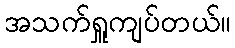
အသက်ရှူကျပ်တယ်။